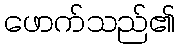
ဖောက်သည်၏